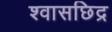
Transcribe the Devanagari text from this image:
श्वासछिद्र